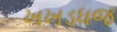
ખખડધજ